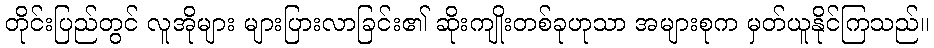
တိုင်းပြည်တွင် လူအိုများ များပြားလာခြင်း၏ ဆိုးကျိုးတစ်ခုဟုသာ အများစုက မှတ်ယူနိုင်ကြသည်။